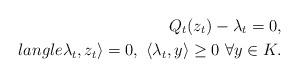
LaTeX: \begin{align*}Q_t (z_t)-\lambda_t=0,\\langle \lambda_t,z_t \rangle=0,\ \langle\lambda_t, y \rangle \geq 0 \ \forall y\in K.\end{align*}